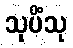
သုပိံသု